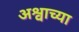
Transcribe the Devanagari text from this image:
अश्वाच्या